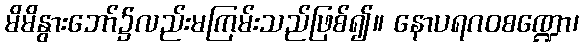
မိမိနွားဘော်၌လည်းမကြမ်းသည်ဖြစ်၍။ နောပရဂဝစဏ္ဍော၊